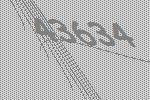
43634